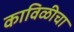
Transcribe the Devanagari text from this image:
काविळीचा